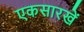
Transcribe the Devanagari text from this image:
एकसारखें